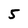
Character: 5